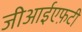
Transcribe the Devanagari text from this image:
जीआईएफ़टी